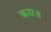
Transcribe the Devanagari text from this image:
करा॥